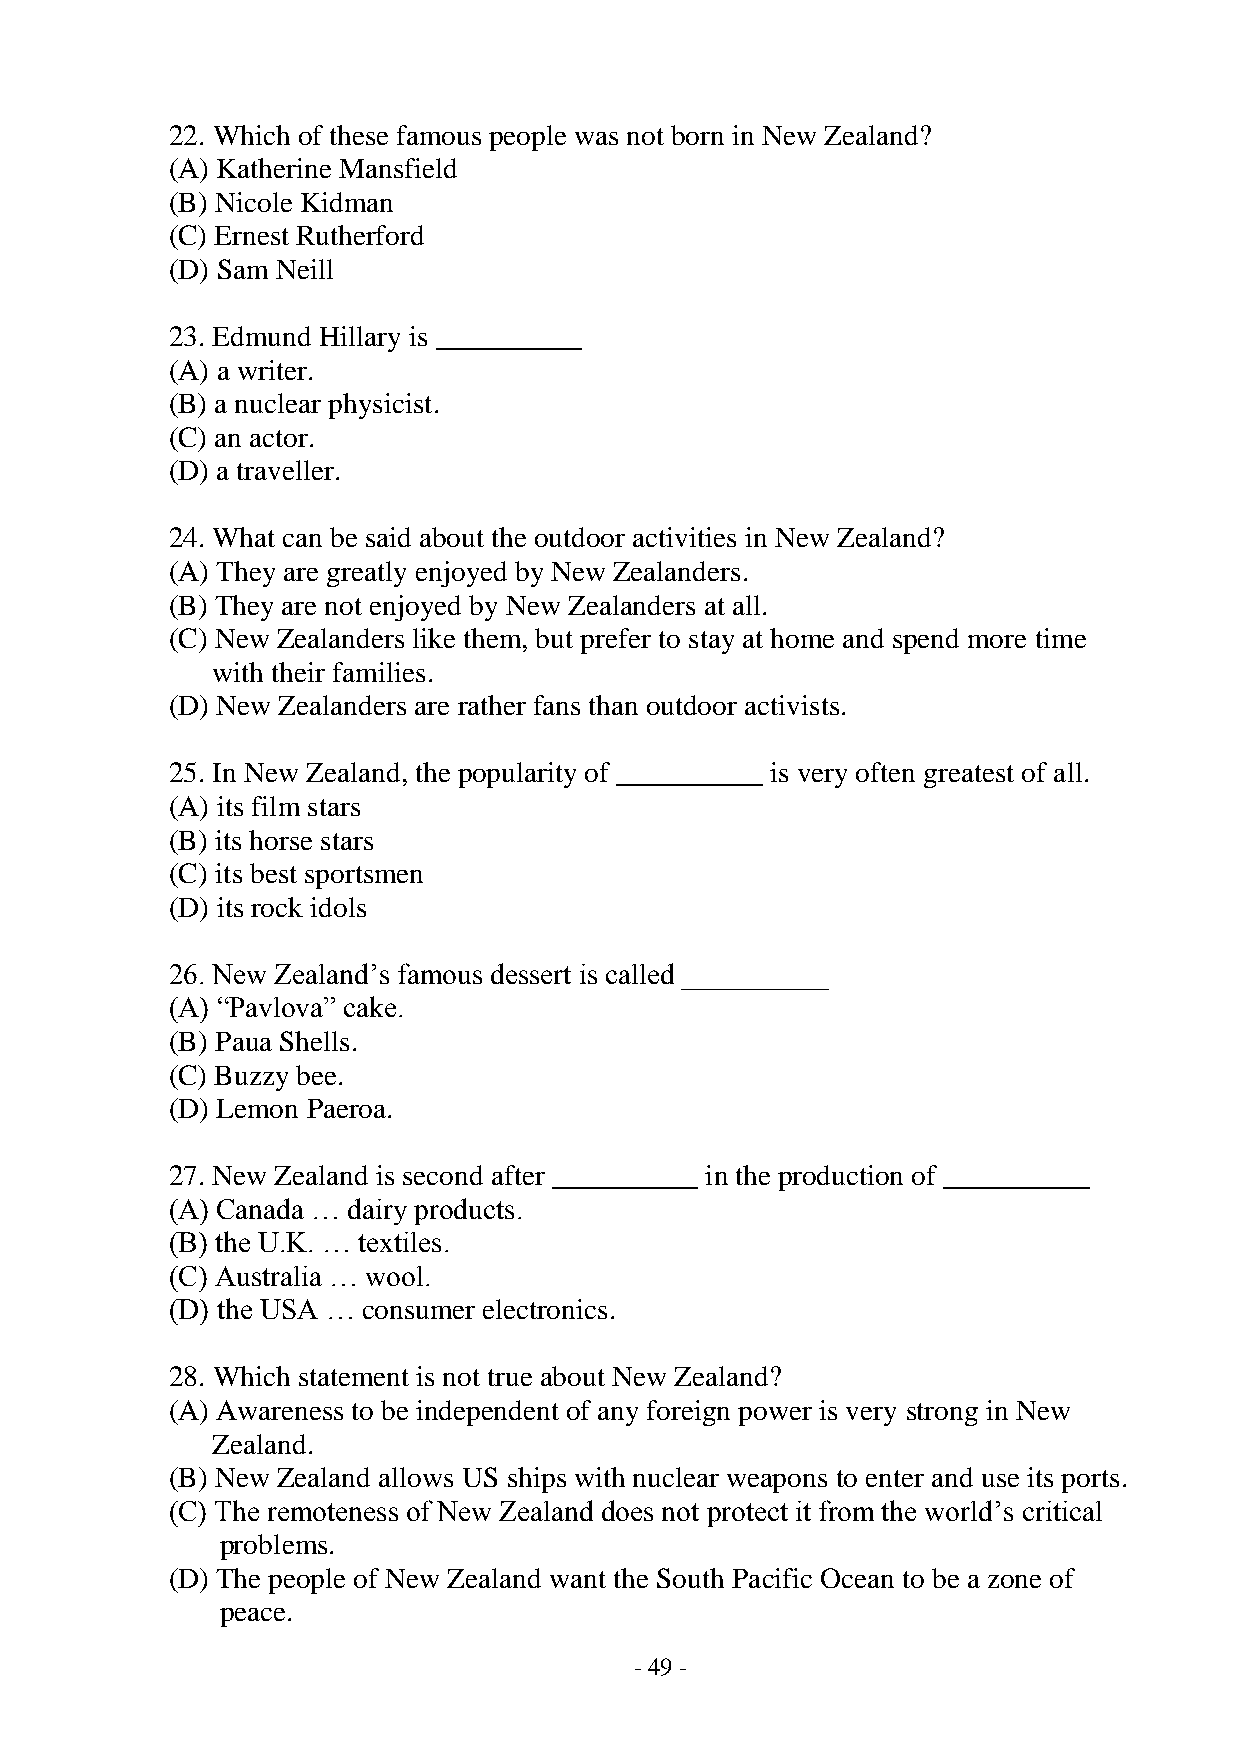
22. Which of these famous people was not born in New Zealand?
 (A) Katherine Mansfield
 (B) Nicole Kidman
 (C) Ernest Rutherford
 (D) Sam Neill
 23. Edmund Hillary is __________
 (A) a writer.
 (B) a nuclear physicist.
 (C) an actor.
 (D) a traveller.
 24. What can be said about the outdoor activities in New Zealand?
 (A) They are greatly enjoyed by New Zealanders.
 (B) They are not enjoyed by New Zealanders at all.
 (C) New Zealanders like them, but prefer to stay at home and spend more time
 with their families.
 (D) New Zealanders are rather fans than outdoor activists.
 25. In New Zealand, the popularity of __________ is very often greatest of all.
 (A) its film stars
 (B) its horse stars
 (C) its best sportsmen
 (D) its rock idols
 26. New Zealand’s famous dessert is called __________
 (A) “Pavlova” cake.
 (B) Paua Shells.
 (C) Buzzy bee.
 (D) Lemon Paeroa.
 27. New Zealand is second after __________ in the production of __________
 (A) Canada … dairy products.
 (B) the U.K. … textiles.
 (C) Australia … wool.
 (D) the USA … consumer electronics.
 28. Which statement is not true about New Zealand?
 (A) Awareness to be independent of any foreign power is very strong in New
 Zealand.
 (B) New Zealand allows US ships with nuclear weapons to enter and use its ports.
 (C) The remoteness of New Zealand does not protect it from the world’s critical
 problems.
 (D) The people of New Zealand want the South Pacific Ocean to be a zone of
 peace.
 - 49 -